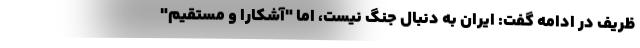
ظریف در ادامه گفت: ایران به دنبال جنگ نیست، اما "آشکارا و مستقیم"